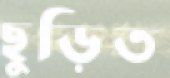
ছুড়িত